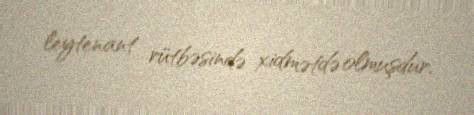
leytenant rütbəsində xidmətdə olmuşdur.